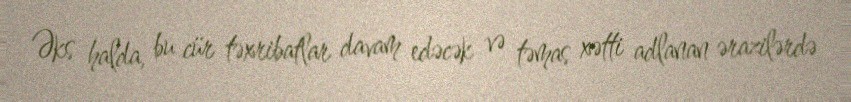
Əks halda, bu cür təxribatlar davam edəcək və təmas xətti adlanan ərazilərdə